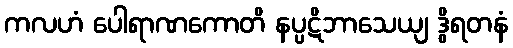
ကလဟံ ပေါရာဏကောတိ နပ္ပဋိဘာသေယျ ဒွိရတနံ